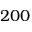
2 0 0